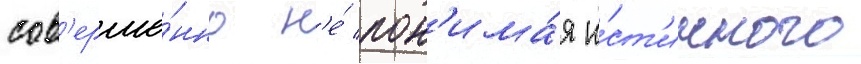
сов'ерше́нно н'е́ пон'има́я и́ст'инного